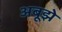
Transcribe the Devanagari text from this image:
अबूझे